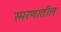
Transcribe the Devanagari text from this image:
स्मरणातील